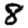
Digit: 8